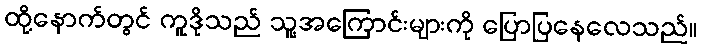
ထို့နောက်တွင် ကူဒိုသည် သူ့အကြောင်းများကို ပြောပြနေလေသည်။